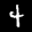
Label: 4